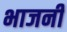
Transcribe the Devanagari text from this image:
भाजनी